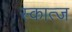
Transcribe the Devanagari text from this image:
स्कात्ज